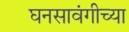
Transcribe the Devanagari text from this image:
घनसावंगीच्या